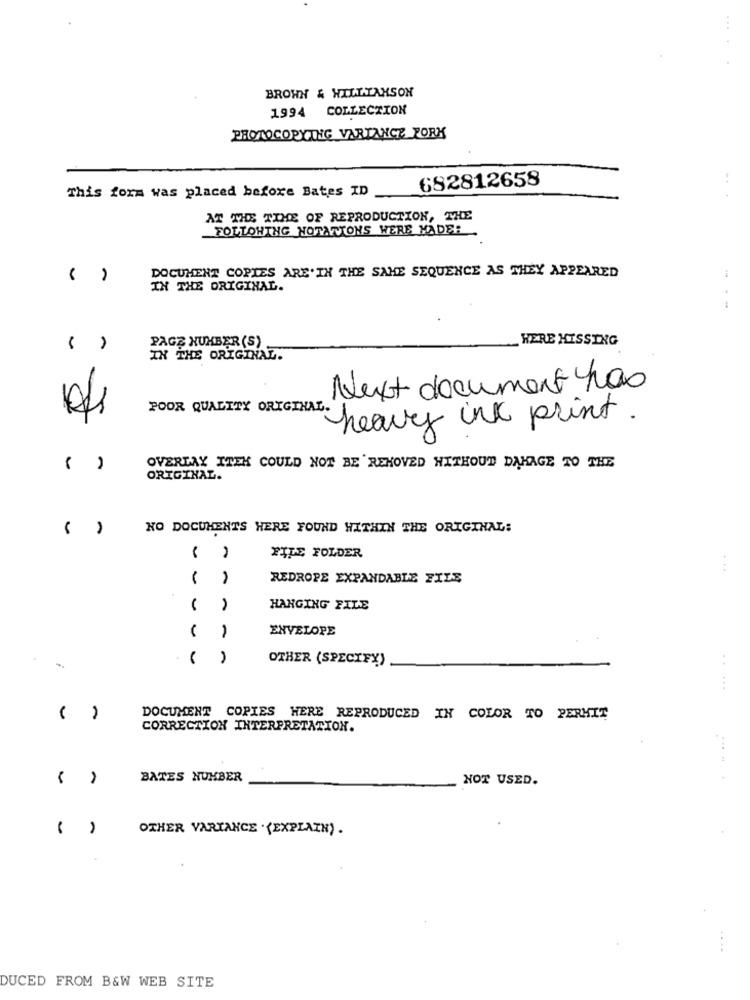
BROWN & WILLIAMSON
1994 COLLECTION
PHOTOCOPYING VARIANCE PORK
682812658
This form was placed before Bates ID
AT THE TIME OF REPRODUCTION, THE
FOLLOWING NOTATIONS WERE MADE:
DOCUMENT COPIES ARE'IN THE SAME SEQUENCE AS THEY APPEARED
( )
IN THE ORIGINAL.
.-
PAGE NUMBER (S)
HERE HISSING
( )
IN THE ORIGINAL.
Next document has
POOR QUALITY ORIGINA
heavy inc print.
( )
OVERLAY ITEK COULD NOT BE REMOVED WITHOUT DAMAGE TO THE
ORIGINAL.
NO DOCUMENTS WERE FOUND WITHIN THE ORIGINAL:
FILE FOLDER
REDROPE EXPANDABLE FILE
HANGING FILE
- -
ENVELOPE
1
OTHER (SPECIFY)
DOCUMENT COPIES HERE REPRODUCED IN COLOR TO PERMIT
CORRECTION INTERPRETATION.
BATES NUMBER
NOT USED.
OTHER VARIANCE . (EXPLAIN) .
DUCED FROM B&W WEB SITE